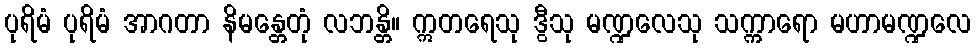
ပုရိမံ ပုရိမံ အာဂတာ နိမန္တေတုံ လဘန္တိ။ ဣတရေသု ဒွီသု မဏ္ဍလေသု သက္ကာရော မဟာမဏ္ဍလေ